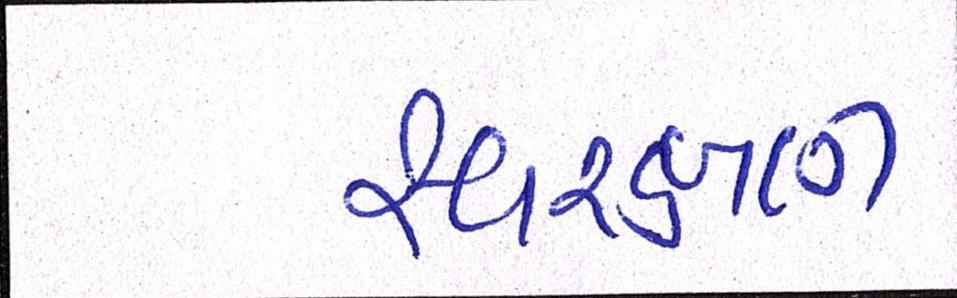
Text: સ્વરક્ષણ